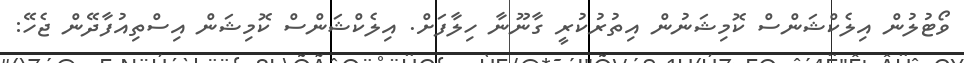
ވޯޓުލުން އިލެކްޝަންސް ކޮމިޝަނުން އިތުރުކުރީ ގާނޫނާ ހިލާފަށް. އިލެކްޝަންސް ކޮމިޝަން އިސްތިއުފާދޭން ޖެހޭ: